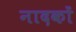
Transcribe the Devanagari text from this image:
नादकों